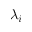
\lambda _ { i }